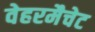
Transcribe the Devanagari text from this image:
वेहरमैचेट